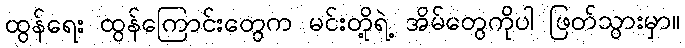
ထွန်ရေး ထွန်ကြောင်းတွေက မင်းတို့ရဲ့ အိမ်တွေကိုပါ ဖြတ်သွားမှာ။